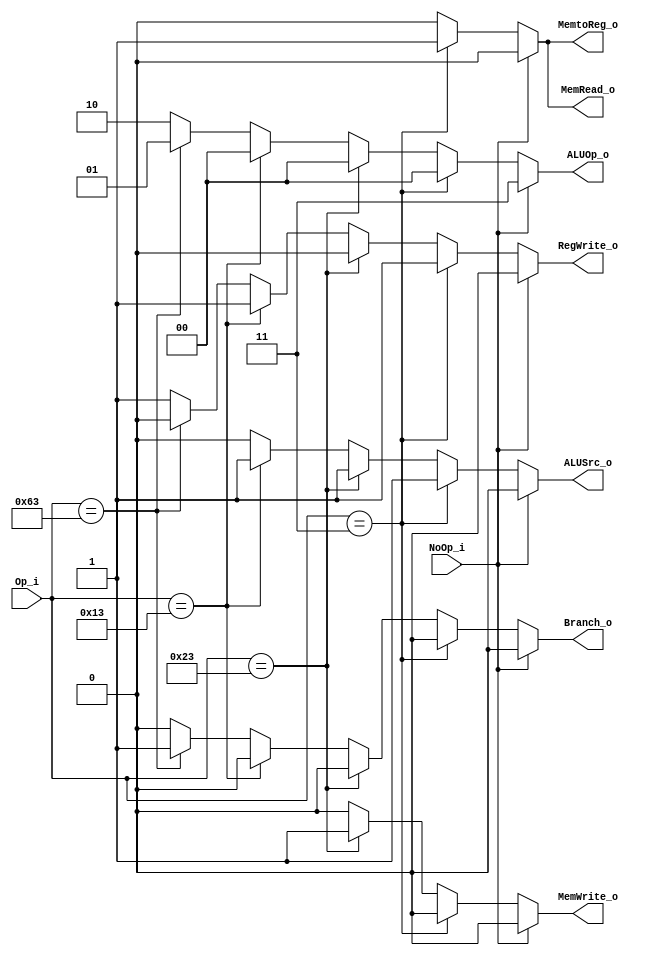
module Control
(
    Op_i,
    NoOp_i,
    ALUOp_o,
    ALUSrc_o,
    RegWrite_o,
    MemtoReg_o,
    MemRead_o,
    MemWrite_o,
    Branch_o
);

// Ports
input   [6:0]       Op_i;
input               NoOp_i;
output  [1:0]       ALUOp_o;
output              ALUSrc_o;
output              RegWrite_o;
output              MemtoReg_o;
output              MemRead_o;
output              MemWrite_o;
output              Branch_o;


reg     [1:0]       ALUOp_o;
reg                 ALUSrc_o;
reg                 RegWrite_o;
reg                 MemtoReg_o;
reg                 MemRead_o;
reg                 MemWrite_o;
reg                 Branch_o;


always@(Op_i or NoOp_i)
begin
    //assign RegWrite_o = 1'b1;
    //assign ALUSrc_o = Op_i[5] ? 1'b0 : 1'b1;
    //assign ALUOp_o = Op_i[5] ? 2'b10 : 2'b00;
    if(NoOp_i) begin
        ALUOp_o <= 2'b11; 
        ALUSrc_o <= 0;
        RegWrite_o <= 0;
        MemtoReg_o <= 0;
        MemRead_o <= 0;
        MemWrite_o <= 0;
        Branch_o <= 0;       
    end
    else begin
        if (Op_i == 7'b0000011) begin // case lw
            ALUOp_o <= 2'b00;
            ALUSrc_o <= 1;
            RegWrite_o <= 1;
            MemtoReg_o <= 1;
            MemRead_o <= 1;
            MemWrite_o <= 0;
            Branch_o <= 0;
        end
        else if (Op_i == 7'b0100011) begin // case sw
            ALUOp_o <= 2'b00; 
            ALUSrc_o <= 1;
            RegWrite_o <= 0;
            MemtoReg_o <= 0; //Don't care
            MemRead_o <= 0;
            MemWrite_o <= 1;
            Branch_o <= 0;
        end
        else if (Op_i == 7'b0010011) begin // case addi/srai
            ALUOp_o <= 2'b00; 
            ALUSrc_o <= 1;
            RegWrite_o <= 1;
            MemtoReg_o <= 0; //Don't care
            MemRead_o <= 0;
            MemWrite_o <= 0;
            Branch_o <= 0;
        end
        else if (Op_i == 7'b1100011) begin // case beq
            ALUOp_o <= 2'b01; 
            ALUSrc_o <= 0;
            RegWrite_o <= 0;
            MemtoReg_o <= 0; //Don't care
            MemRead_o <= 0;
            MemWrite_o <= 0;
            Branch_o <= 1;
        end
        else begin // case R-type
            ALUOp_o <= 2'b10; 
            ALUSrc_o <= 0;
            RegWrite_o <= 1;
            MemtoReg_o <= 0; //Don't care
            MemRead_o <= 0;
            MemWrite_o <= 0;
            Branch_o <= 0;
        end
    end
end 

endmodule